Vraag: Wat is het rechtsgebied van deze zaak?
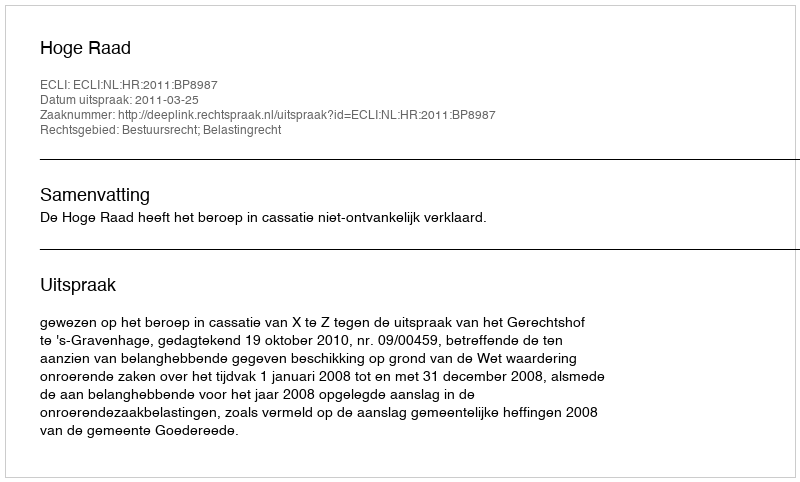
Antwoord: Bestuursrecht; Belastingrecht